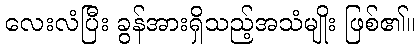
လေးလံပြီး ခွန်အားရှိသည့်အသံမျိုး ဖြစ်၏။